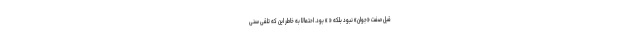
قبل صفت «جوان» نبود بلکه « » بود. احتمالا به خاطر این که تلقی سِنی